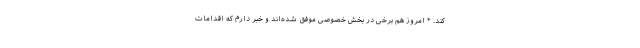
کند. * امروز هم برخی در بخش خصوصی موفق شده‌اند و خبر دارم که اقدامات